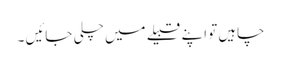
چاہیں تو اپنے قبیلے میں چلی جائیں ۔